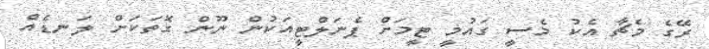
ރޭގެ މެޗާ އެކު މެސީ ގައުމީ ޓީމަށް ޕެނަލްޓީއަކުން ނޫން ގޮތަކަށް ލަނޑެއް